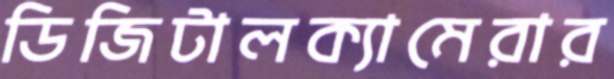
ডিজিটালক্যামেরার